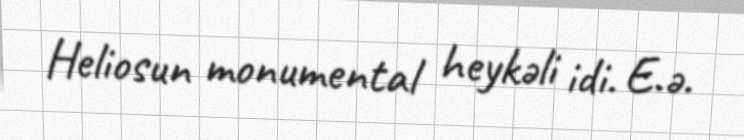
Heliosun monumental heykəli idi. E.ə.